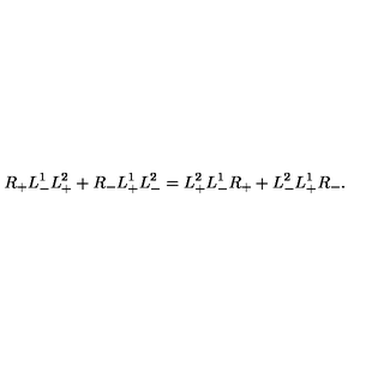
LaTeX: R _ { + } L _ { - } ^ { 1 } L _ { + } ^ { 2 } + R _ { - } L _ { + } ^ { 1 } L _ { - } ^ { 2 } = L _ { + } ^ { 2 } L _ { - } ^ { 1 } R _ { + } + L _ { - } ^ { 2 } L _ { + } ^ { 1 } R _ { - } .